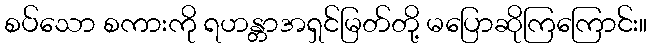
စပ်သော စကားကို ရဟန္တာအရှင်မြတ်တို့ မပြောဆိုကြကြောင်း။